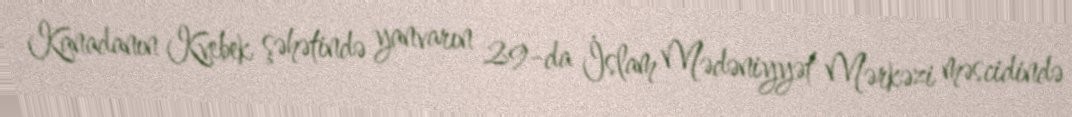
Kanadanın Kvebek şəhətində yanvarın 29-da İslam Mədəniyyət Mərkəzi məscidində